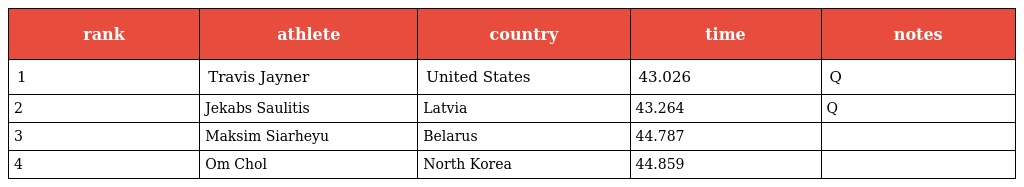
| rank | athlete | country | time | notes |
 | --- | --- | --- | --- | --- |
 | 1 | Travis Jayner | United States | 43.026 | Q |
 | 2 | Jekabs Saulitis | Latvia | 43.264 | Q |
 | 3 | Maksim Siarheyu | Belarus | 44.787 |  |
 | 4 | Om Chol | North Korea | 44.859 |  |